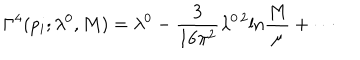
\Gamma ^ { 4 } ( p _ { i } ; \lambda ^ { 0 } , M ) = \lambda ^ { 0 } - \frac { 3 } { 1 6 \pi ^ { 2 } } \lambda ^ { 0 \, 2 } \mathrm { l n } \frac { M } { \mu } + \cdots